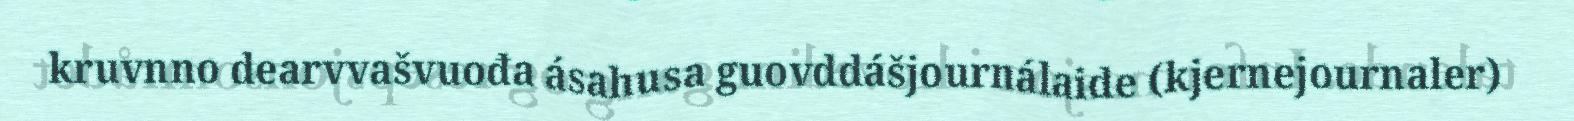
kruvnno dearvvašvuođa ásahusa guovddášjournálaide (kjernejournaler)